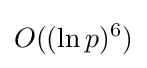
O((\ln p)^{6})